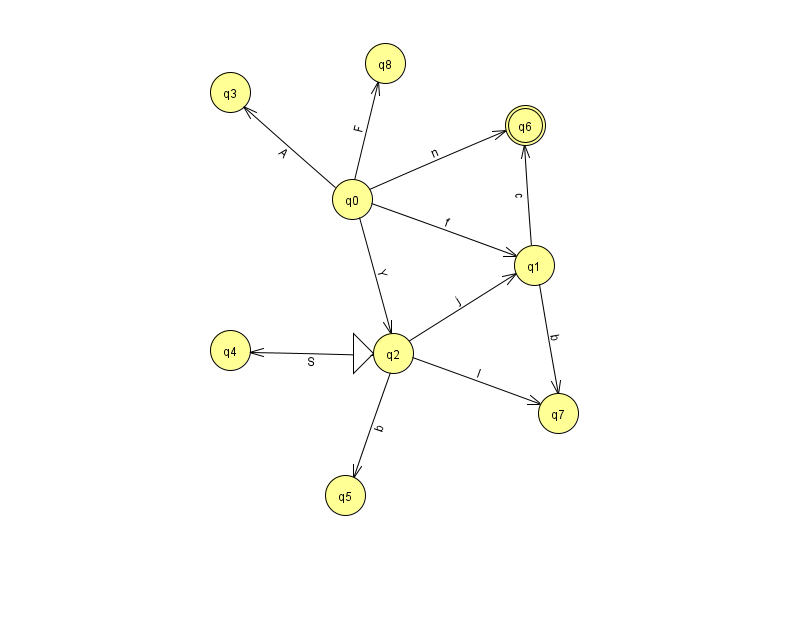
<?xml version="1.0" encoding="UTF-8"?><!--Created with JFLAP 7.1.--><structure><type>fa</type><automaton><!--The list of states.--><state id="0" name="q0"><x>352.0</x><y>186.0</y></state><state id="1" name="q1"><x>534.0</x><y>252.0</y></state><state id="2" name="q2"><x>393.0</x><y>340.0</y><initial/></state><state id="3" name="q3"><x>230.0</x><y>79.0</y></state><state id="4" name="q4"><x>230.0</x><y>337.0</y></state><state id="5" name="q5"><x>345.0</x><y>482.0</y></state><state id="6" name="q6"><x>525.0</x><y>112.0</y><final/></state><state id="7" name="q7"><x>558.0</x><y>400.0</y></state><state id="8" name="q8"><x>385.0</x><y>50.0</y></state><!--The list of transitions.--><transition><from>1</from><to>6</to><read>c</read></transition><transition><from>0</from><to>1</to><read>f</read></transition><transition><from>2</from><to>5</to><read>b</read></transition><transition><from>0</from><to>3</to><read>A</read></transition><transition><from>2</from><to>7</to><read>I</read></transition><transition><from>1</from><to>7</to><read>b</read></transition><transition><from>0</from><to>8</to><read>F</read></transition><transition><from>2</from><to>4</to><read>S</read></transition><transition><from>0</from><to>6</to><read>n</read></transition><transition><from>2</from><to>1</to><read>j</read></transition><transition><from>0</from><to>2</to><read>Y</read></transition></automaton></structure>